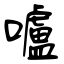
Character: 嚧